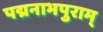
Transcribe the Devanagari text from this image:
पद्मनाभपुराम्